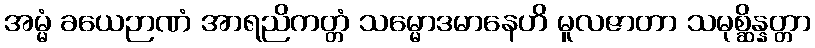
အမ္မံ ခယေဉာဏံ အာရညိကတ္တံ သမ္မောဒမာနေဟိ မူလဇာတာ သမုစ္ဆိန္နတ္တာ